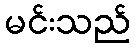
မင်းသည်